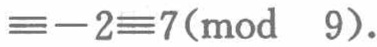
$\equiv -2\equiv 7(\bmod\ 9).$